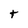
Character: t